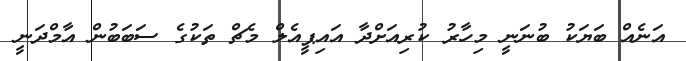
އަނެއް ބަޔަކު ބުނަނީ މިހާރު ކުރިއަށްދާ އައިޕީއެލް މެޗް ތަކުގެ ސަބަބުން އާމްދަނީ